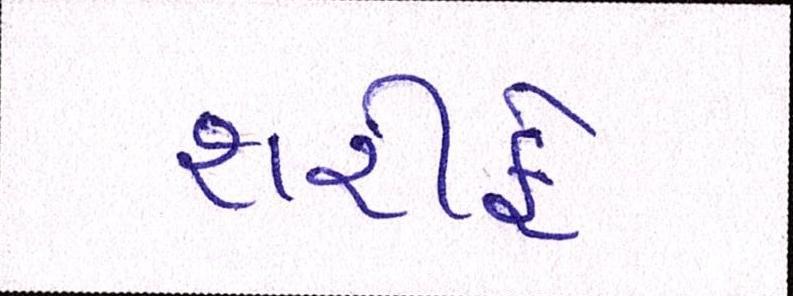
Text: શરીફે